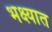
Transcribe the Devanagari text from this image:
भक्ष्यात